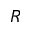
R